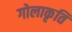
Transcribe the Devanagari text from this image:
गोलाकृति